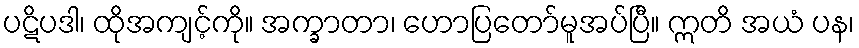
ပဋိပဒါ၊ ထိုအကျင့်ကို။ အက္ခာတာ၊ ဟောပြတော်မူအပ်ပြီ။ ဣတိ အယံ ပန၊